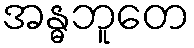
အန္ဓဘူတေ